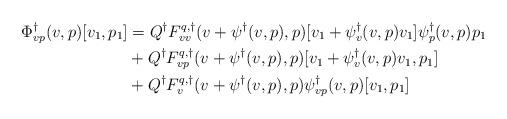
LaTeX: \begin{align*}\Phi^\dagger_{vp}(v,p)[v_1,p_1] &= Q^\dagger F^{q,\dagger}_{vv}(v+\psi^\dagger(v,p),p)[v_1 + \psi_v^\dagger(v,p)v_1]\psi^\dagger_p(v,p)p_1\\&+ Q^\dagger F^{q,\dagger}_{vp}(v+\psi^\dagger(v,p),p)[v_1 + \psi_v^\dagger(v,p)v_1, p_1]\\&+ Q^\dagger F^{q,\dagger}_{v}(v+\psi^\dagger(v,p),p)\psi^\dagger_{vp}(v,p)[v_1,p_1]\end{align*}